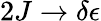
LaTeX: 2J\to\delta\epsilon